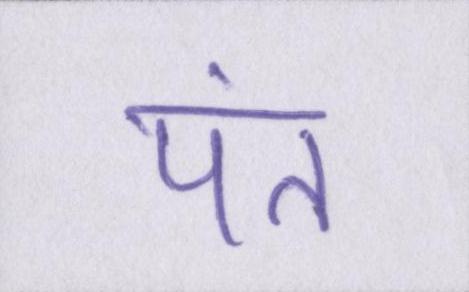
पंत